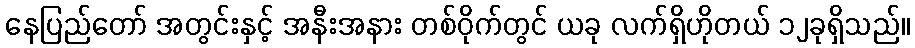
နေပြည်တော် အတွင်းနှင့် အနီးအနား တစ်ဝိုက်တွင် ယခု လက်ရှိဟိုတယ် ၁၂ခုရှိသည်။